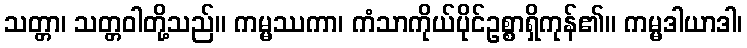
သတ္တာ၊ သတ္တဝါတို့သည်။ ကမ္မဿကာ၊ ကံသာကိုယ်ပိုင်ဥစ္စာရှိကုန်၏။ ကမ္မဒါယာဒါ၊